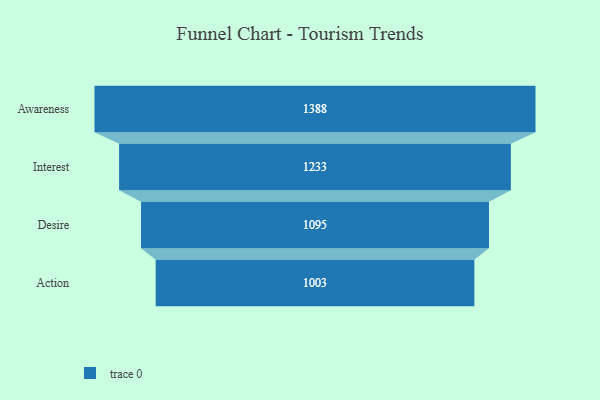
{"axis": {"x": "Stage", "y": "Value"}, "legend": [""], "data": [{"x": "Awareness", "y": 1388.0, "type": ""}, {"x": "Interest", "y": 1233.0, "type": ""}, {"x": "Desire", "y": 1095.0, "type": ""}, {"x": "Action", "y": 1003.0, "type": ""}]}